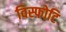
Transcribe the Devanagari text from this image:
विस्फोटि